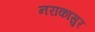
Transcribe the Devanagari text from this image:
नराकासुर